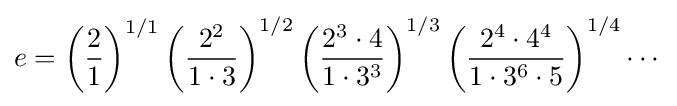
e=\left({\frac {2}{1}}\right)^{1/1}\left({\frac {2^{2}}{1\cdot 3}}\right)^{1/2}\left({\frac {2^{3}\cdot 4}{1\cdot 3^{3}}}\right)^{1/3}\left({\frac {2^{4}\cdot 4^{4}}{1\cdot 3^{6}\cdot 5}}\right)^{1/4}\cdots